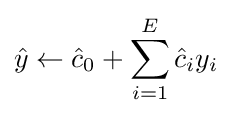
{\hat {y}}\gets {\hat {c}}_{0}+\sum _{i=1}^{E}{\hat {c}}_{i}y_{i}